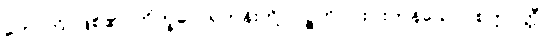
ဟောတိ၊ ဖြစ်၏။ ဘိက္ခဝေ၊ ရဟန်းတို့။ ပဉ္စဟိ၊ ငါးပါးကုန်သော။ စက္ကဝတ္တီ၊